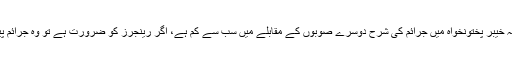
چیئرمین پی ٹی آئی کا کہنا تھا کہ صوبہ خیبر پختونخواہ میں جرائم کی شرح دوسرے صوبوں کے مقابلے میں سب سے کم ہے، اگر رینجرز کو ضرورت ہے تو وہ جرائم پیشہ افراد کیخلاف ضرور آپریشن کرے۔